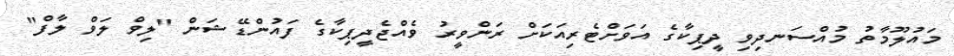
މައުލޫމާތު މުއްސަނދިވި ދީޕިކާގެ އަވަށްޓެރިއަކަށް ރަންވީރު ވެއްޖެދީޕިކާގެ ފައުންޑޭޝަން "ލިވް ލަވް ލާފް"